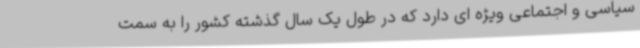
سیاسی و اجتماعی ویژه ای دارد که در طول یک سال گذشته کشور را به سمت